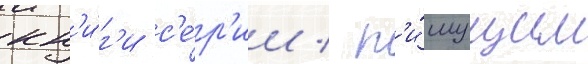
кн'и́г'и с'е́р'ии / п'и́шущим